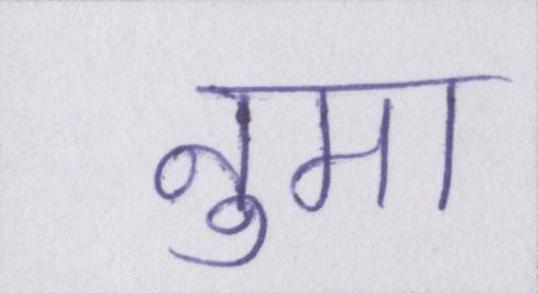
नुमा